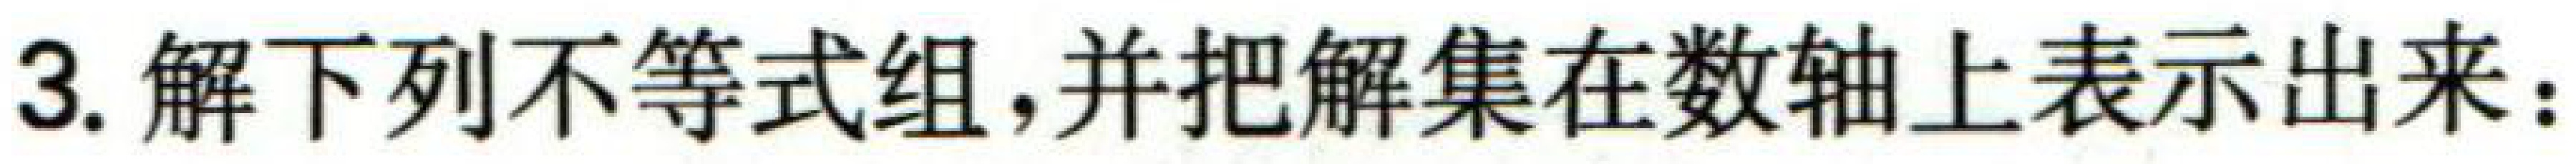
3. 解下列不等式组,并把解集在数轴上表示出来：